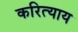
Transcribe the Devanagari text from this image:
करित्याय